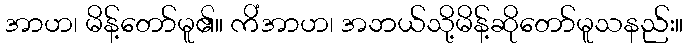
အာဟ၊ မိန့်တော်မူ၏။ ကိံအာဟ၊ အဘယ်သို့မိန့်ဆိုတော်မူသနည်း။